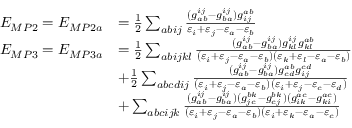
\begin{array} { r l } { E _ { M P 2 } = E _ { M P 2 a } } & { = \frac { 1 } { 2 } \sum _ { a b i j } \frac { ( g _ { a b } ^ { i j } - g _ { b a } ^ { i j } ) g _ { i j } ^ { a b } } { \varepsilon _ { i } + \varepsilon _ { j } - \varepsilon _ { a } - \varepsilon _ { b } } } \\ { E _ { M P 3 } = E _ { M P 3 a } } & { = \frac { 1 } { 2 } \sum _ { a b i j k l } \frac { ( g _ { a b } ^ { i j } - g _ { b a } ^ { i j } ) g _ { k l } ^ { i j } g _ { k l } ^ { a b } } { ( \varepsilon _ { i } + \varepsilon _ { j } - \varepsilon _ { a } - \varepsilon _ { b } ) ( \varepsilon _ { k } + \varepsilon _ { l } - \varepsilon _ { a } - \varepsilon _ { b } ) } } \\ & { + \frac { 1 } { 2 } \sum _ { a b c d i j } \frac { ( g _ { a b } ^ { i j } - g _ { b a } ^ { i j } ) g _ { c d } ^ { a b } g _ { i j } ^ { c d } } { ( \varepsilon _ { i } + \varepsilon _ { j } - \varepsilon _ { a } - \varepsilon _ { b } ) ( \varepsilon _ { i } + \varepsilon _ { j } - \varepsilon _ { c } - \varepsilon _ { d } ) } } \\ & { + \sum _ { a b c i j k } \frac { ( g _ { a b } ^ { i j } - g _ { b a } ^ { i j } ) ( g _ { j c } ^ { b k } - g _ { c j } ^ { b k } ) ( g _ { i k } ^ { a c } - g _ { k i } ^ { a c } ) } { ( \varepsilon _ { i } + \varepsilon _ { j } - \varepsilon _ { a } - \varepsilon _ { b } ) ( \varepsilon _ { i } + \varepsilon _ { k } - \varepsilon _ { a } - \varepsilon _ { c } ) } } \end{array}